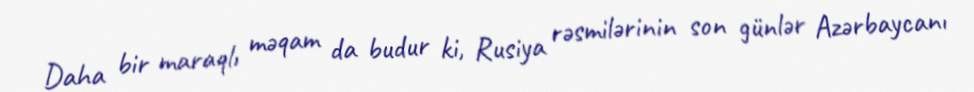
Daha bir maraqlı məqam da budur ki, Rusiya rəsmilərinin son günlər Azərbaycanı